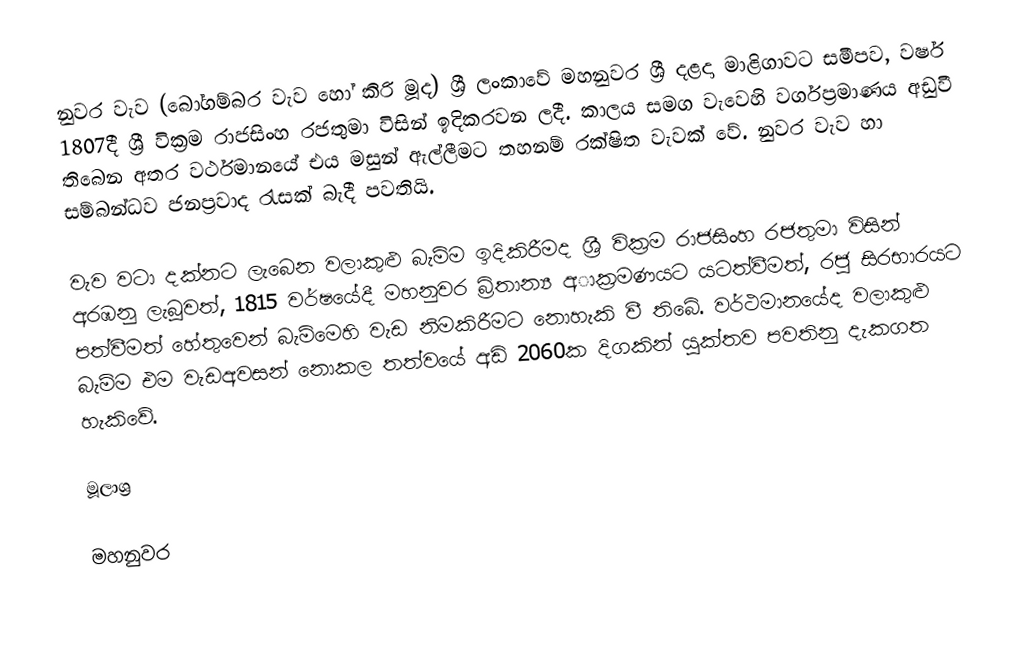
නුවර වැව (බෝගම්බර වැව හෝ කිරි මූද) ශ්‍රී ලංකාවේ මහනුවර ශ්‍රී දළදා මාළිගාවට සමීපව, වර්ෂ 1807දී ශ්‍රී වික්‍රම රාජසිංහ රජතුමා විසින් ඉදිකරවන ලදී. කාලය සමග වැවෙහි වර්ගප්‍රමාණය අඩුවී තිබෙන අතර වර්ථමානයේ එය මසුන් ඇල්ලීමට තහනම් රක්ෂිත වැවක් වේ. නුවර වැව හා සම්බන්ධව ජනප්‍රවාද රැසක් බැදී පවතියි.

වැව වටා දක්නට ලැබෙන වලාකුළු බැම්ම ඉදිකිරීමද ශ්‍රී වික්‍රම රාජසිංහ රජතුමා විසින් අරඹනු ලැබූවත්, 1815 වර්ෂයේදී මහනුවර බ්‍රිතාන්‍ය අාක්‍රමණයට යටත්වීමත්, රජු සිරභාරයට පත්වීමත් හේතුවෙන් බැම්මෙහි වැඩ නිමකිරීමට නොහැකි වී තිබේ. වර්ථමානයේද වලාකුළු බැම්ම එම වැඩඅවසන් නොකල තත්වයේ අඩි 2060ක දිගකින් යුක්තව පවතිනු දැකගත හැකිවේ.

මූලාශ්‍ර

මහනුවර